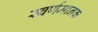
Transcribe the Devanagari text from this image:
स्वर्णमानक